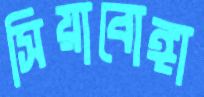
সিয়াবোঙ্গা